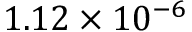
1 . 1 2 \times 1 0 ^ { - 6 }